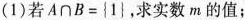
(1)若$$A \cap B=\left\{1\right\}$$，求实数m的值；